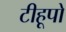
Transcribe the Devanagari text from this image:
टीहूपो